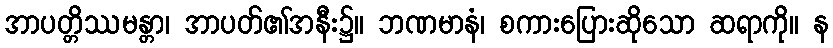
အာပတ္တိဿမန္တာ၊ အာပတ်၏အနီး၌။ ဘဏမာနံ၊ စကားပြေားဆိုသော ဆရာကို။ န